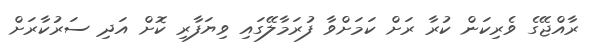
ރާއްޖޭގެ ވެރިކަން ކުރާ ރަށް ކަމަށްވާ ފުރަމާލޭގައި ވިޔަފާރި ކޮށް އަދި ސަރުކާރަށް